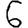
Digit: 6